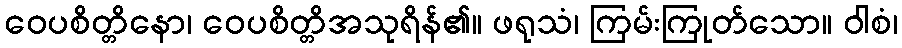
ဝေပစိတ္တိနော၊ ဝေပစိတ္တိအသုရိန်၏။ ဖရုသံ၊ ကြမ်းကြုတ်သော။ ဝါစံ၊